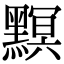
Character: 𪒄